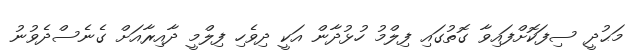
މަޙުދީ ސިފަކޮށްފައިވާ ގޮތުގައި ފިލްމު ހުޅުދާން އަކީ ދިވެހި ފިލްމީ ދާއިރާއަށް ގެނެސްދެވުނު